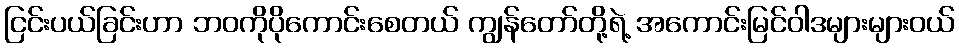
ငြင်းပယ်ခြင်းဟာ ဘဝကိုပိုကောင်းစေတယ် ကျွန်တော်တို့ရဲ့ အကောင်းမြင်ဝါဒများများဝယ်